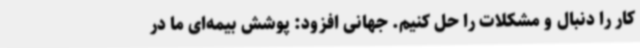
کار را دنبال و مشکلات را حل کنیم. جهانی افزود: پوشش بیمه‌ای ما در